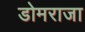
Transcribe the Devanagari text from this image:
डोमराजा